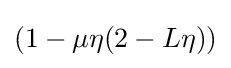
{\textstyle \left(1-\mu \eta (2-L\eta )\right)}